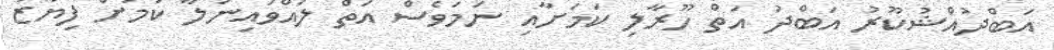
އަބްދުއްޝުކޫރު އަބްދު އަތް ހޫރާލި ކަމަށާއި ނަމަވެސް އަތް ލައްވައިނުލާ ކަމަށް ފިޔާޒު